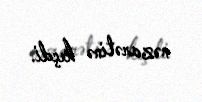
nəzarətinə keçdi.